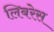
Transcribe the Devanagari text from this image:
लिबरेस